Regulations for the medical services of the Army of India
Year: 1930
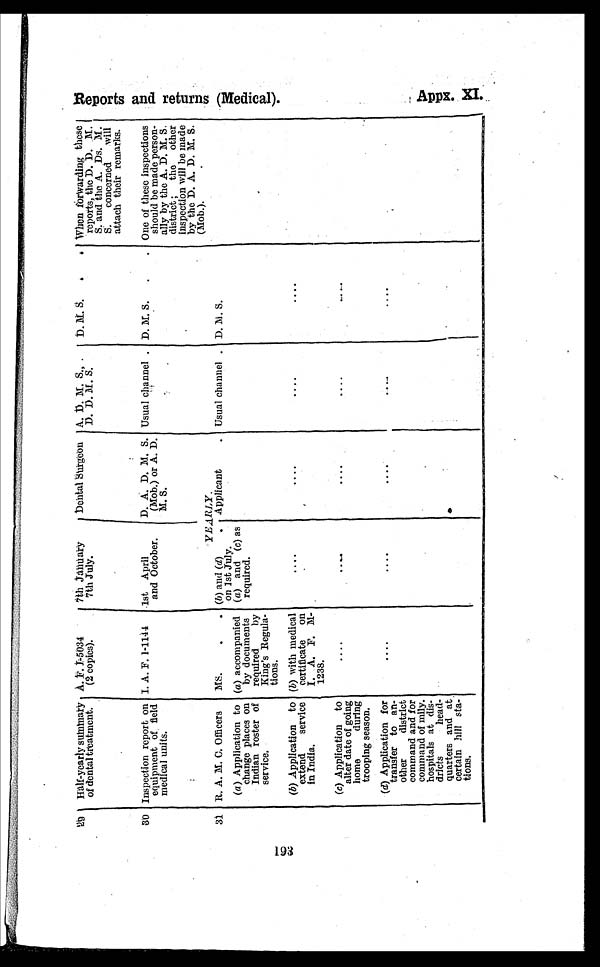
29 Half-yearly summary
of dental treatment.
A. F. J-5034
(2 copies).
7th January
7th July.
Dental Surgeon A. D. M. S.,
D. D. M. S.
D. M. S. .
. When forwarding these
reports, the D. D. M.
S. and the A. Ds. M.
S. concerned will
attach their remarks.
30 Inspection report on
equipment of field
medical units.
I. A. F. 1-1144
1st April
and October.
D. A. D. M. S.
(Mob.) or A. D.
M. S.
Usual channel . D. M. S. .
. One of these inspections
should be made person-
ally by the A. D. M. S.
district ; the other
inspection will be made
by the D. A. D. M. S.
(Mob.).
YEARLY.
3 1 R. A. M. C. Officers
(a) Application to
change places on
Indian roster of
service.
MS.
.
.
(a) accompanied
by documents
required
by
King's Regula-
tions.
(b) and (d)
.
on 1st July.
(a) and (c) as
required.
Applicant
. Usual channel . D. M. S.
(b) Application to
extend service
in India.
(b) with medical
certificate on
I . A. F. M-
1238.
....
....
. . . .
. . . .
(c) Application to
alter date of going
home
during
trooping season.
....
....
....
. . . .
. . . .
(d) Application for
transfer to an
other
district
command and for
command of mily.
hospitals at dis-
dricts
head-
quarters and at .
certain hill sta-
tions.
....
. . . .
. . . .
. . . .
Ap p x . XI .